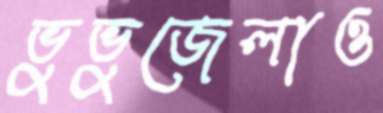
ভুভুজেলাও